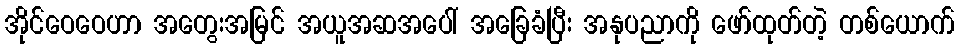
အိုင်ဝေဝေဟာ အတွေးအမြင် အယူအဆအပေါ် အခြေခံပြီး အနုပညာကို ဖော်ထုတ်တဲ့ တစ်ယောက်